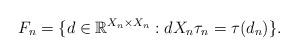
LaTeX: \begin{align*}F_{n}=\{d\in \mathbb{R}^{X_{n}\times X_{n}}:dX_{n}\tau_{n}=\tau(d_n)\}.\end{align*}